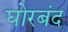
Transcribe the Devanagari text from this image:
घोरबंद